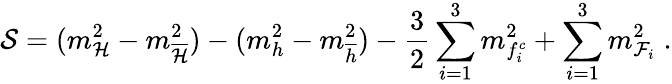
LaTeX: {\cal S}=(m_{{\cal H}}^{2}-m_{{\cal\overline{{{H}}}}}^{2})-(m_{h}^{2}-m_{\overline{{{h}}}}^{2})-\frac{3}{2}\sum_{i=1}^{3}m_{f_{i}^{c}}^{2}+\sum_{i=1}^{3}m_{{\cal F}_{i}}^{2}\; .